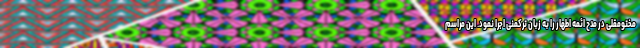
مختومقلی در مدح ائمه اطهار را به زبان ترکمنی اجرا نمود. این مراسم